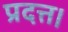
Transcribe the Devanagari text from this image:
प्रदत्त।